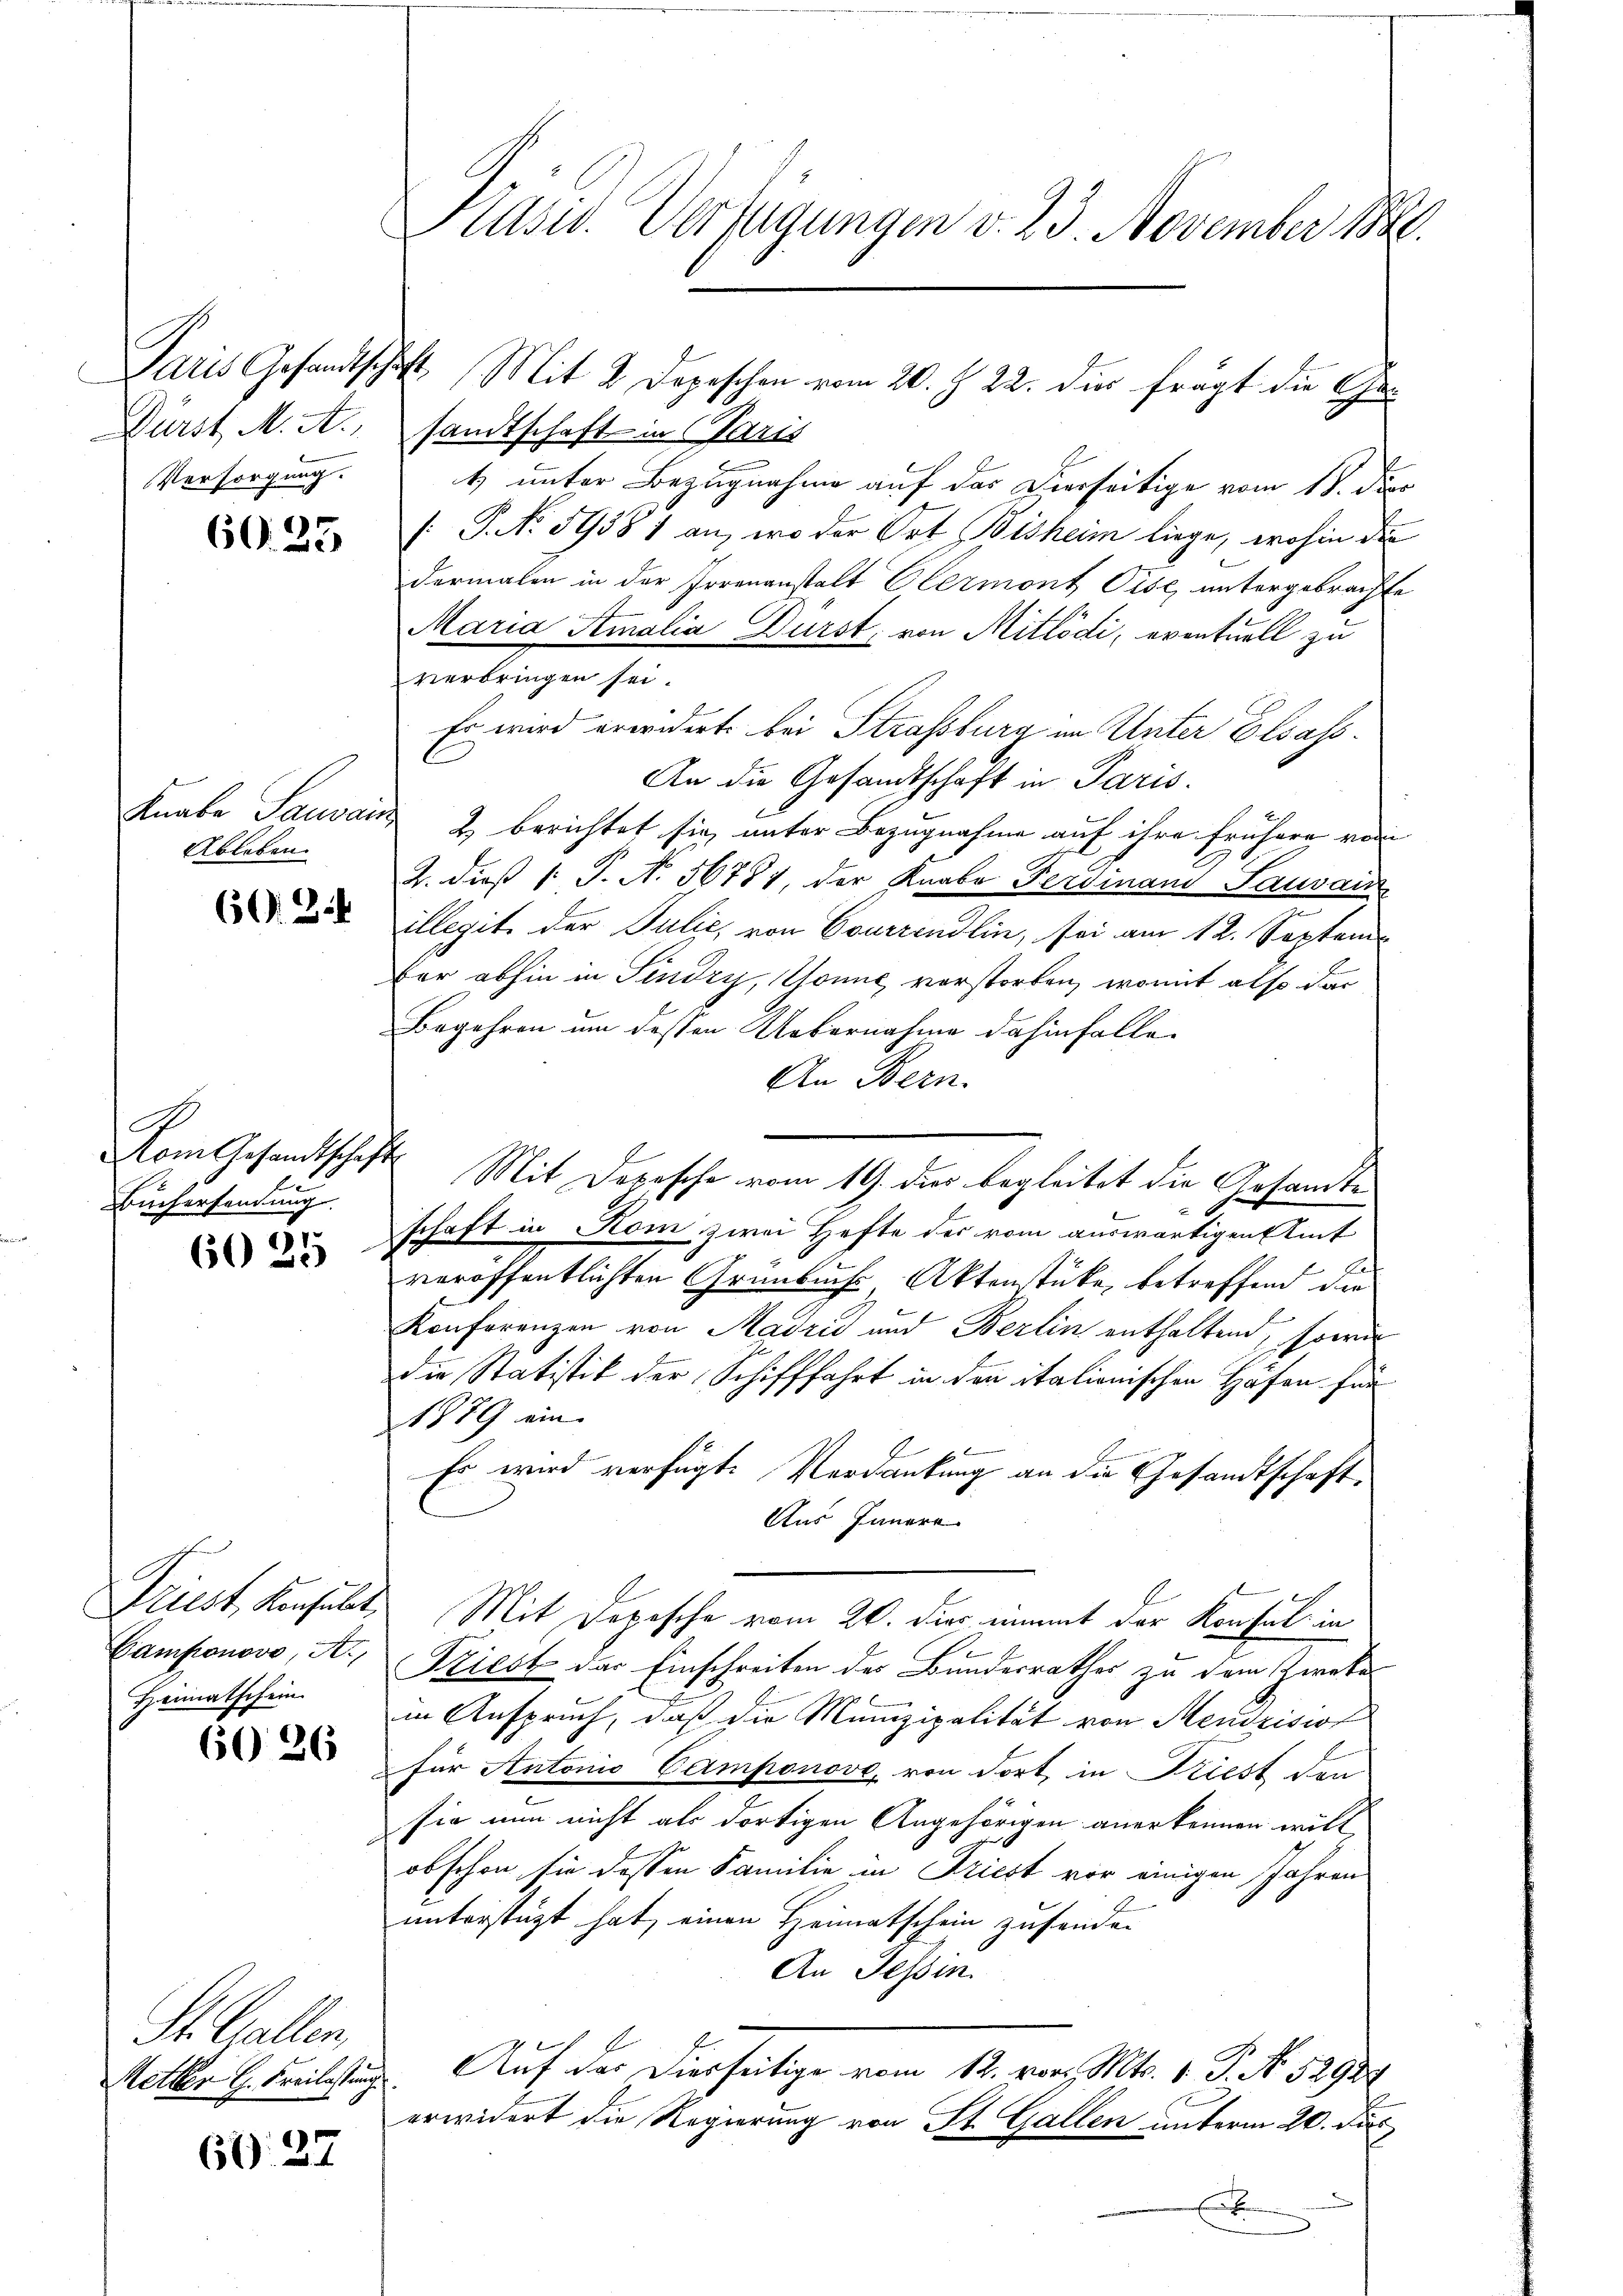
Dürst M. A.
Versorgung.

60. 25

Ableben.

60.3.1

A
Mom Gesandtschaft
Büchersendung.

6025

Camponovo, A.
Heimatschein.

6026

St. Gallen,
Metter G. Freilassung

60. 27

sandtschaft in Paris
1) unter Bezugnahme auf das Dierseitige vom 15. dor
: P. No 59381 an, wo der Ort Bisheim liege, wohin die
dermalen in der Irrenanstalt Clermont Pise, untergebrachte
Maria Amalia Dürst, von Mitlödi, eventuell zu
verbringen sei.
Es wird erwidert bei Strassburg im Unter Elsass.
An die Gesandtschaft in Paris.
Knabe Sauvais 2 berichtet sie, unter Bezugnahme auf ihre frühere ver¬
2. dieß s. S. N. 56781, der Knabe Ferdinand Sauvai
illegit der Julić, von Courzendlin, sei am 12. Septem¬
For abhin in Pindry, Gönne, verstorben, womit also dar
Begehren um dessen Uebernahme dahinfalle.
An Bern.
Mit Depesche vom 19. dies begleitet die Gesandte
schaft in Kom zwei Hefte des vom auswärtigen Amt
veröffentlichten Grunbuchs-Aktenstücke, betreffend die
Konferenzen von Madrid und Berlin enthaltend, sowie
die Statistik der Schifffahrt in den italionischen Höfen für
1879 ein.
Es wird verfügt: Verdankung an die Gesandtschaft.
Aus Innern
Triest, Konsult. Mit Depesche vom 20. dir nimmt der Konsul in
Fziest das Einschreiten des Bundesrathes zu dem Zweke
in Anspruch, daß die Munizipalität von Mendrisist
für Antonio Camponove, von dort in Kriest den
sie nun nicht als dortigen Angehörigen anerkennen will
obschon sie dessen Familie in Driest vor einigen Jahren
unterstüzt hat, einen Heimatschein zusenden
An Tessin.
Auf das Diesseitige vom 12. vor. Mts. 1. P. No. 52939
erwidert die Regierung von St. Gallen unterm 20. di
E

Kasw. Verfügungen v. 23. November 1880.

Paris Gesandtschaft Mit 2 Depeschen vom 20. Z. 22. dir frägt die Ge¬